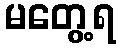
မတွေ့ရ